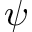
\psi